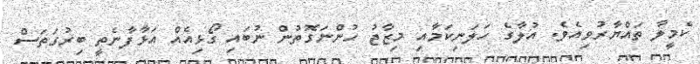
ކެމީލާ ތައްޔާރުވިއެވެ. އުލާގެ ހަލަނިކަމާއި މިޒާޖު ހުންނަގޮތުން ނުބައި ގޯޅިއެއް އަޅާފާނެތީ ބިރުގަތަސް